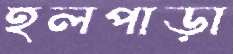
হলপাড়া